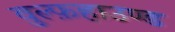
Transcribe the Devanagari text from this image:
वुल्फ़हाउण्ड